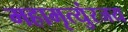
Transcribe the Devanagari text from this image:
महामृत्युंरजय